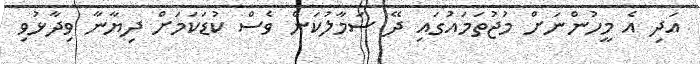
އަދި އެ މީހުންނަށް މުޖުތަމައުގައި ދޭ ސަމާލުކަން ވެސް ކުޑަކަމަށް ދިޔާނާ ވިދާޅުވި